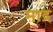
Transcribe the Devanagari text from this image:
माद्र